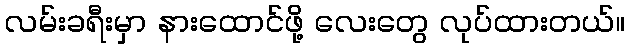
လမ်းခရီးမှာ နားထောင်ဖို့ လေးတွေ လုပ်ထားတယ်။